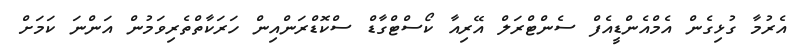
އެރުމާ ގުޅިގެން އެމްއެންޑީއެފް ސެންޓްރަލް އޭރިއާ ކޯސްޓްގާޑް ސްކޮޑްރަންއިން ހަރަކާތްތެރިވަމުން އަންނަ ކަމަށް